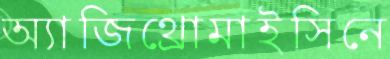
অ্যাজিথ্রোমাইসিনে